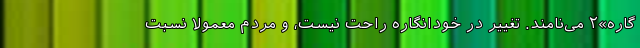
گاره»۲ می‌نامند. تغییر در خودانگاره راحت نیست، و مردم معمولاً نسبت